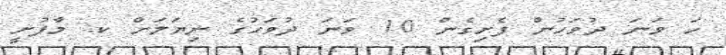
ހަ ވަނަ ދުވަހުން ފެށިގެން 10 ވަނަ ދުވަހުގެ ނިޔަލަށް ކ. މާފުށީ